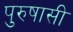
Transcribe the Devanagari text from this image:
पुरुषासी